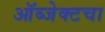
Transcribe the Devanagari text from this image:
ऑब्जेक्टचा